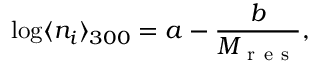
\log \langle n _ { i } \rangle _ { 3 0 0 } = a - \frac { b } { M _ { \mathrm { ~ r ~ e ~ s ~ } } } ,